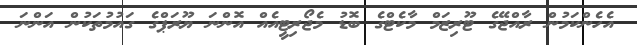
އެހެންކަމުން ރާއްޖޭގެ ޓޫރިޒަމް މާކެޓްގެ ބޮޑު މެޖޯރިޓީއެއް އޮންނަ ޔޫރަޕްގެ ގައުމުތަކުން އަންނަ